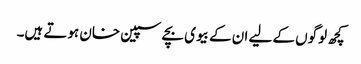
کچھ لوگوں کے لیے ان کے بیوی بچے سپین خان ہوتے ہیں۔